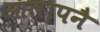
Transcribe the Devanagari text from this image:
आलापनै